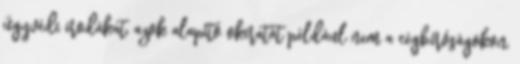
ügyvédi irodákat, azok alapító okiratát például nem a cégbíróságokon,